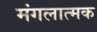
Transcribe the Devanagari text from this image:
मंगलात्मक